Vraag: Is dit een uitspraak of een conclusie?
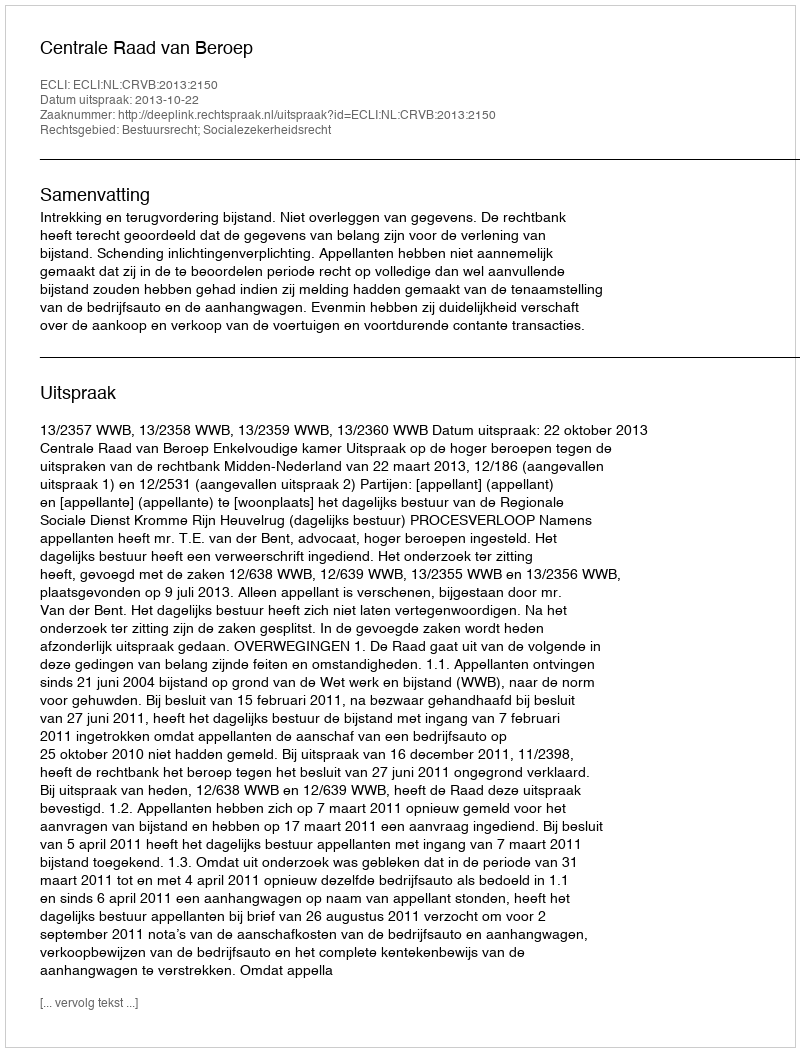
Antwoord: Uitspraak